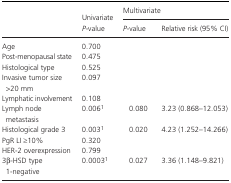
| <ROWSPAN=2>  | <ROWSPAN=2> UnivariateP‐value | <COLSPAN=2> Multivariate |
 | P‐value | Relative risk (95% CI) |
 | --- | --- | --- | --- |
 | Age | 0.700 |  |  |
 | Post‐menopausal state | 0.475 |  |  |
 | Histological type | 0.525 |  |  |
 | Invasive tumor size >20 mm | 0.097 |  |  |
 | Lymphatic involvement | 0.108 |  |  |
 | Lymph node metastasis | 0.006a | 0.080 | 3.23 (0.868–12.053) |
 | Histological grade 3 | 0.003a | 0.020 | 4.23 (1.252–14.266) |
 | PgR LI ≥10% | 0.320 |  |  |
 | HER‐2 overexpression | 0.799 |  |  |
 | 3β‐HSD type 1‐negative | 0.0003a | 0.027 | 3.36 (1.148–9.821) |